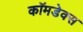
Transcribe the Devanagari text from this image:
कॉमडेक्स